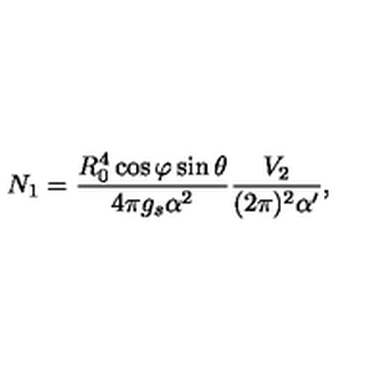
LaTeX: N _ { 1 } = \frac { R _ { 0 } ^ { 4 } \cos \varphi \sin \theta } { 4 \pi g _ { s } \alpha ^ { 2 } } \frac { V _ { 2 } } { ( 2 \pi ) ^ { 2 } \alpha ^ { \prime } } ,